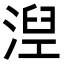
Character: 湼